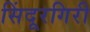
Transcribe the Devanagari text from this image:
सिंदूरगिरी